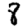
Digit: 8